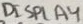
Text: DISPLAY